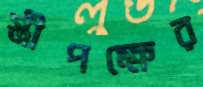
স্ত্রীপক্ষের